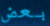
بعض